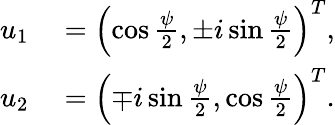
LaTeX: \begin{array}{rl}{u_{1}}&{{}=\left(\cos\frac{\psi}{2},\pm i\sin\frac{\psi}{2}\right)^{T},}\\ {u_{2}}&{{}=\left(\mp i\sin\frac{\psi}{2},\cos\frac{\psi}{2}\right)^{T}.}\end{array}